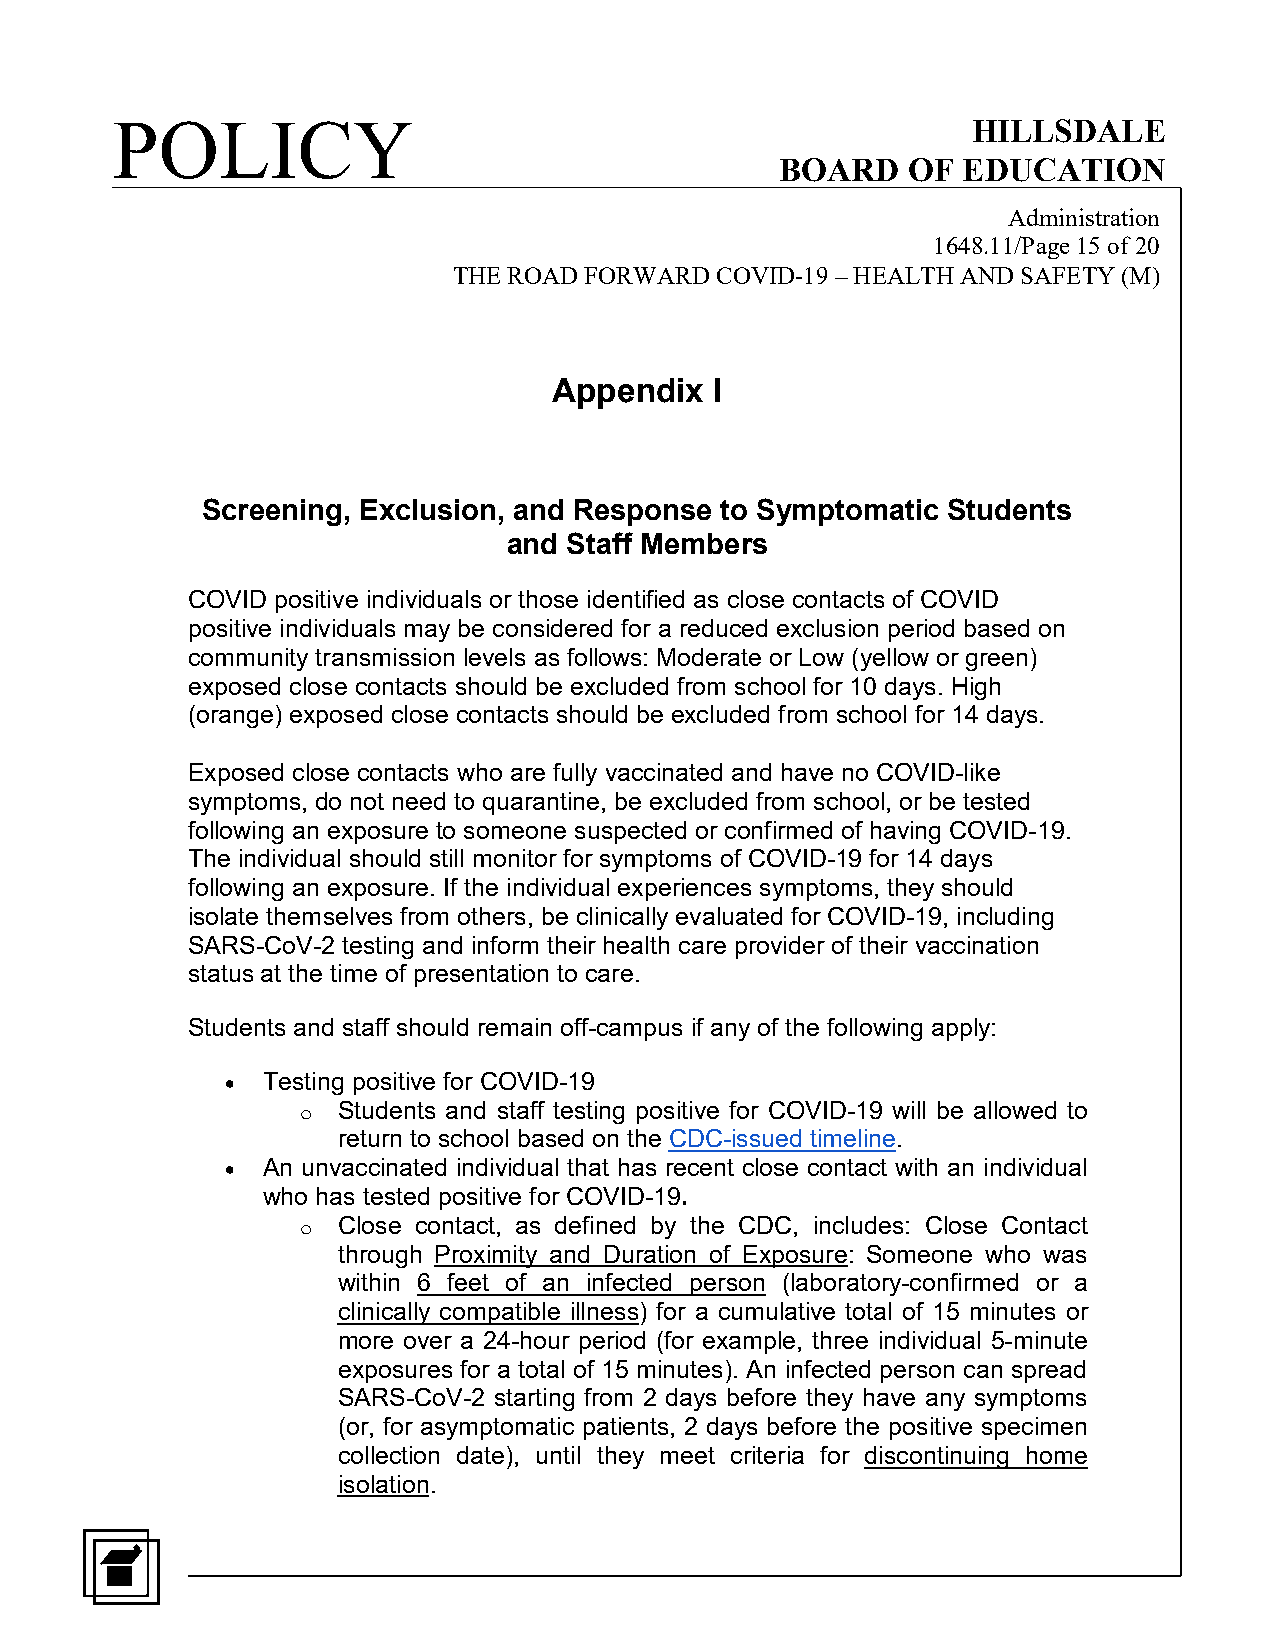
POLICY                                                   HILLSDALE
 BOARD   OF  EDUCATION
 Administration
 1648.11/Page 15 of 20
 THE ROAD FORWARD COVID-19 – HEALTH AND SAFETY (M)
 Appendix  I
 Screening, Exclusion, and Response to Symptomatic Students
 and Staff Members
 COVID positive individuals or those identified as close contacts of COVID
 positive individuals may be considered for a reduced exclusion period based on
 community transmission levels as follows: Moderate or Low (yellow or green)
 exposed close contacts should be excluded from school for 10 days. High
 (orange) exposed close contacts should be excluded from school for 14 days.
 Exposed close contacts who are fully vaccinated and have no COVID-like
 symptoms, do not need to quarantine, be excluded from school, or be tested
 following an exposure to someone suspected or confirmed of having COVID-19.
 The individual should still monitor for symptoms of COVID-19 for 14 days
 following an exposure. If the individual experiences symptoms, they should
 isolate themselves from others, be clinically evaluated for COVID-19, including
 SARS-CoV-2 testing and inform their health care provider of their vaccination
 status at the time of presentation to care.
 Students and staff should remain off-campus if any of the following apply:
 • Testing positive for COVID-19
 Students and staff testing positive for COVID-19 will be allowed to
 o
 return to school based on the CDC-issued timeline.
 • An unvaccinated individual that has recent close contact with an individual
 who has tested positive for COVID-19.
 Close contact, as defined by the CDC, includes: Close Contact
 o
 through Proximity and Duration of Exposure: Someone who was
 within 6 feet of an infected person (laboratory-confirmed or a
 clinically compatible illness) for a cumulative total of 15 minutes or
 more over a 24-hour period (for example, three individual 5-minute
 exposures for a total of 15 minutes). An infected person can spread
 SARS-CoV-2 starting from 2 days before they have any symptoms
 (or, for asymptomatic patients, 2 days before the positive specimen
 collection date), until they meet criteria for discontinuing home
 isolation.